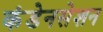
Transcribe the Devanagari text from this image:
कंडेनसेशन